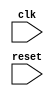
module toy_processor (
    input wire clk,
    input wire reset
);

    // Define registers and memory
    // 32 registers, 256 bytes of memory (instruction and data)
    reg [31:0] registers [0:31];
    reg [7:0] instruction_memory [0:255];
    reg [7:0] data_memory [0:255];

    // Program Counter
    reg [7:0] pc;

    // Instruction Fetch
    wire [31:0] instruction;
    assign instruction = {instruction_memory[pc], 
                          instruction_memory[pc + 1], 
                          instruction_memory[pc + 2], 
                          instruction_memory[pc + 3]};

    // Instruction Decode
    reg [5:0] opcode;
    reg [4:0] rs, rt, rd, shamt;
    reg [15:0] immediate;
    reg [25:0] label;
    reg [5:0] funct;

    always @ (posedge clk or posedge reset) begin
        if (reset) begin
            pc <= 0;
        end else begin
            opcode <= instruction[31:26];
            rs <= instruction[25:21];
            rt <= instruction[20:16];
            rd <= instruction[15:11];
            shamt <= instruction[10:6];
            immediate <= instruction[15:0];
            label <= instruction[25:0];
            funct <= instruction[5:0];

            // Execute instructions
            case (opcode)
                6'b001001: begin // li $rt, immediate
                    $display("li $%d, %d", rt, immediate);
                    registers[rt] <= {{16{immediate[15]}}, immediate};
                end
                6'b001000: begin // addi $rt, $rs, immediate
                    $display("addi $%d, $%d, %d", rt, rs, immediate);
                    registers[rt] <= registers[rs] + {{16{immediate[15]}}, immediate};
                end
                6'b100011: begin // lw $rt, offset($rs)
                    $display("lw $%d, %d($%d)", rt, immediate, rs);
                    registers[rt] <= {data_memory[registers[rs] + immediate + 3], 
                                      data_memory[registers[rs] + immediate + 2], 
                                      data_memory[registers[rs] + immediate + 1], 
                                      data_memory[registers[rs] + immediate]};
                end
                6'b101011: begin // sw $rt, offset($rs)
                    $display("sw $%d, %d($%d)", rt, immediate, rs);
                    data_memory[registers[rs] + immediate] <= registers[rt][7:0];
                    data_memory[registers[rs] + immediate + 1] <= registers[rt][15:8];
                    data_memory[registers[rs] + immediate + 2] <= registers[rt][23:16];
                    data_memory[registers[rs] + immediate + 3] <= registers[rt][31:24];
                end
                6'b000111: begin // bge $rs, $rt, label
                    $display("bge $%d, $%d, %d", rs, rt, label);
                    if (registers[rs] >= registers[rt]) begin
                        pc <= label[7:0];
                    end else begin
                        pc <= pc + 4;
                    end
                end
                6'b000110: begin // ble $rs, $rt, label
                    $display("ble $%d, $%d, %d", rs, rt, label);
                    if (registers[rs] <= registers[rt]) begin
                        pc <= label[7:0];
                    end else begin
                        pc <= pc + 4;
                    end
                end
                6'b000010: begin // j label
                    $display("j %d", label);
                    pc <= label[7:0];
                end
                6'b000000: begin
                    case (funct)
                        6'b100000: begin // add $rd, $rs, $rt
                            $display("add $%d, $%d, $%d", rd, rs, rt);
                            registers[rd] <= registers[rs] + registers[rt];
                        end
                        6'b100010: begin // sub $rd, $rs, $rt
                            $display("sub $%d, $%d, $%d", rd, rs, rt);
                            registers[rd] <= registers[rs] - registers[rt];
                        end
                        6'b000000: begin // sll $rd, $rt, shamt
                            $display("sll $%d, $%d, %d", rd, rt, shamt);
                            registers[rd] <= registers[rt] << shamt;
                        end
                        6'b000010: begin // srl $rd, $rt, shamt
                            $display("srl $%d, $%d, %d", rd, rt, shamt);
                            registers[rd] <= registers[rt] >> shamt;
                        end
                        6'b100001: begin // move $rd, $rs
                            $display("move $%d, $%d", rd, rs);
                            registers[rd] <= registers[rs];
                        end
                        6'b000000: begin // nop
                            // Do nothing
                        end
                        default: begin
                            $display("Unknown funct: %b", funct);
                        end
                    endcase
                end
                default: begin
                    if (opcode != 6'bxxxxxx)
                        $display("Unknown opcode: %b", opcode);
                end
            endcase

            // Increment PC if not branched or jumped
            if (opcode != 6'b000111 && opcode != 6'b000110 && opcode != 6'b000010) begin
                pc <= pc + 4;
            end
        end
    end

endmodule